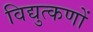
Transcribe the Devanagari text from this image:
विद्युत्कणों